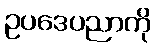
ဥပဒေပညာကို